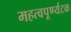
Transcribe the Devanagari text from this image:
महत्वपूर्ण्यटक